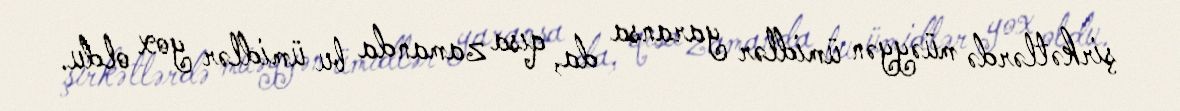
şirkətlərdə müəyyən ümidlər yaransa da, qısa zamanda bu ümidlər yox oldu.